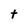
Character: t